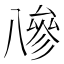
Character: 𠔭